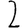
Digit: 2